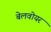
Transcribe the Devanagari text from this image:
बेलवोयर